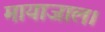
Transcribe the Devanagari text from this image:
मायाजाल।